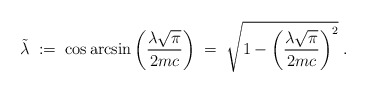
\begin{align*}\tilde{\lambda} \; := \; \cos \arcsin \left( \frac{\lambda \sqrt{\pi}}{2mc} \right) \; = \; \sqrt{1- \left( \frac{\lambda \sqrt{\pi}}{2mc} \right)^2} \; .\end{align*}